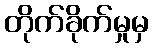
တိုက်ခိုက်မှုမှ